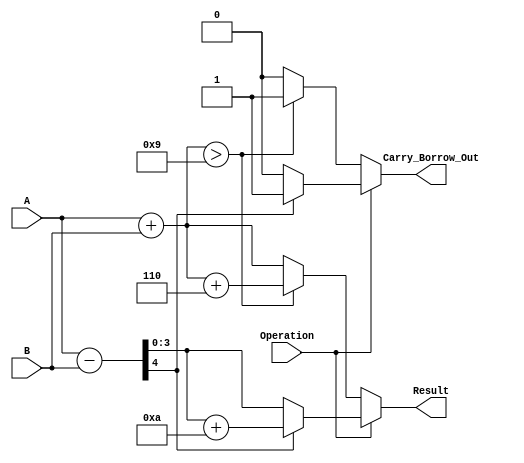
module BCD_Add_Subtracter (
    input [3:0] A,          // First BCD operand
    input [3:0] B,          // Second BCD operand
    input Operation,        // Control signal: 0 for addition, 1 for subtraction
    output reg [3:0] Result, // Resulting BCD value
    output reg Carry_Borrow_Out // Carry out for addition or borrow out for subtraction
);

    wire [4:0] sum;         // 5-bit sum for addition
    wire [4:0] diff;        // 5-bit difference for subtraction
    wire adjust_add;        // Adjustment flag for addition
    wire adjust_sub;        // Adjustment flag for subtraction

    // Compute sum and difference
    assign sum = A + B;     // 5-bit sum for addition
    assign diff = {1'b0, A} - {1'b0, B}; // 5-bit difference for subtraction

    // Determine if adjustment is needed for addition
    assign adjust_add = sum[3:0] > 4'b1001; // Check if sum exceeds 9

    // Determine if adjustment is needed for subtraction
    assign adjust_sub = diff[4]; // Check if the result is negative

    always @(*) begin
        if (Operation == 1'b0) begin // Addition
            if (adjust_add) begin
                Result = sum[3:0] + 4'b0110; // Adjust by adding 6
                Carry_Borrow_Out = 1; // Set carry out
            end else begin
                Result = sum[3:0]; // No adjustment needed
                Carry_Borrow_Out = 0; // No carry out
            end
        end else begin // Subtraction
            if (adjust_sub) begin
                Result = diff[3:0] + 4'b1010; // Adjust by adding 10
                Carry_Borrow_Out = 1; // Set borrow out
            end else begin
                Result = diff[3:0]; // No adjustment needed
                Carry_Borrow_Out = 0; // No borrow out
            end
        end
    end

endmodule